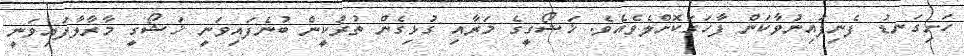
ހަށިގަނޑު ފެނިފައިނުވާކަން ފާހަގަކޮށްލެވެއެވެ. ޚަޝޯގީގެ މަރާއި ގުޅިގެން ތުރުކީން ބުނެފައިވަނީ ޚަޝޯގީ މާރާލާފައިވަނީ